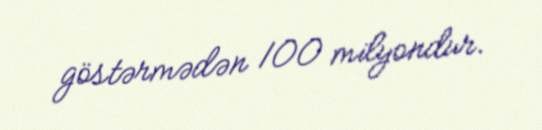
göstərmədən 100 milyondur.